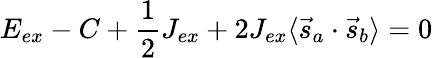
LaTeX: E_{ex}-C+{\frac{1}{2}}J_{ex}+2J_{ex}\langle{\vec{s}}_{a}\cdot{\vec{s}}_{b}\rangle=0